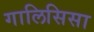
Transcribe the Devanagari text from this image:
गालिसिसा